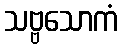
သဗ္ဗသောကံ